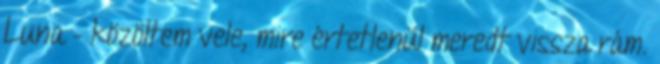
Luna – közöltem vele, mire értetlenül meredt vissza rám.